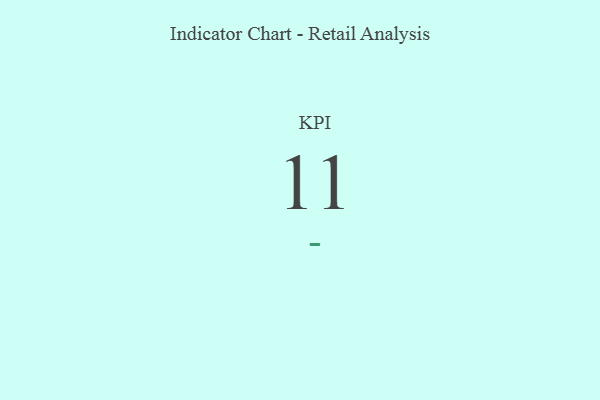
{"axis": {"x": "KPI", "y": "Value"}, "legend": [""], "data": [{"x": "KPI", "y": 11, "type": ""}]}